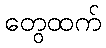
တွေထက်